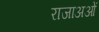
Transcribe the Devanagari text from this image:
राजाअओं